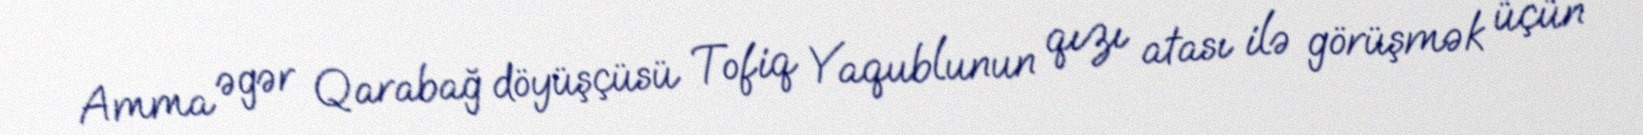
Amma əgər Qarabağ döyüşçüsü Tofiq Yaqublunun qızı atası ilə görüşmək üçün